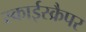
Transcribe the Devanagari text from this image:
स्काईस्क्रैपर